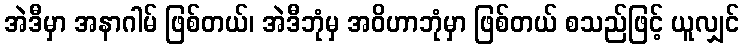
အဲဒီမှာ အနာဂါမ် ဖြစ်တယ်၊ အဲဒီဘုံမှ အဝိဟာဘုံမှာ ဖြစ်တယ် စသည်ဖြင့် ယူလျှင်